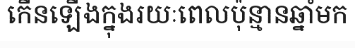
កើនឡើងក្នុងរយៈពេលប៉ុន្មានឆ្នាំមក